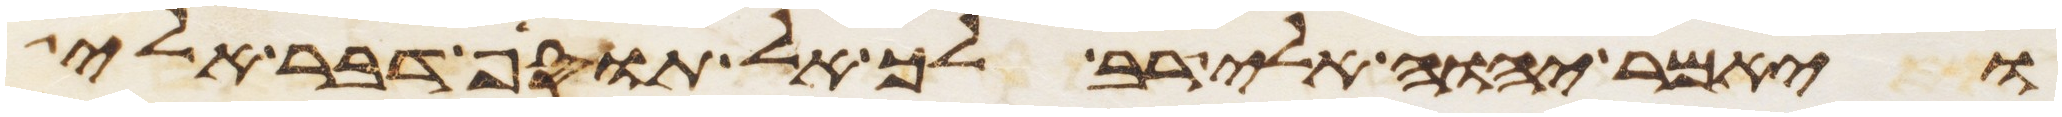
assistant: ויאמר יהוה אלי רב לך אל תוסף דבר אלי